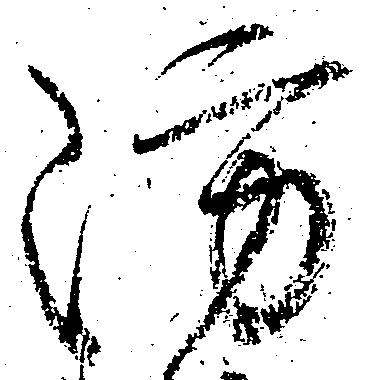
防